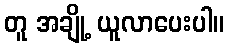
တူ အချို့ ယူလာပေးပါ။